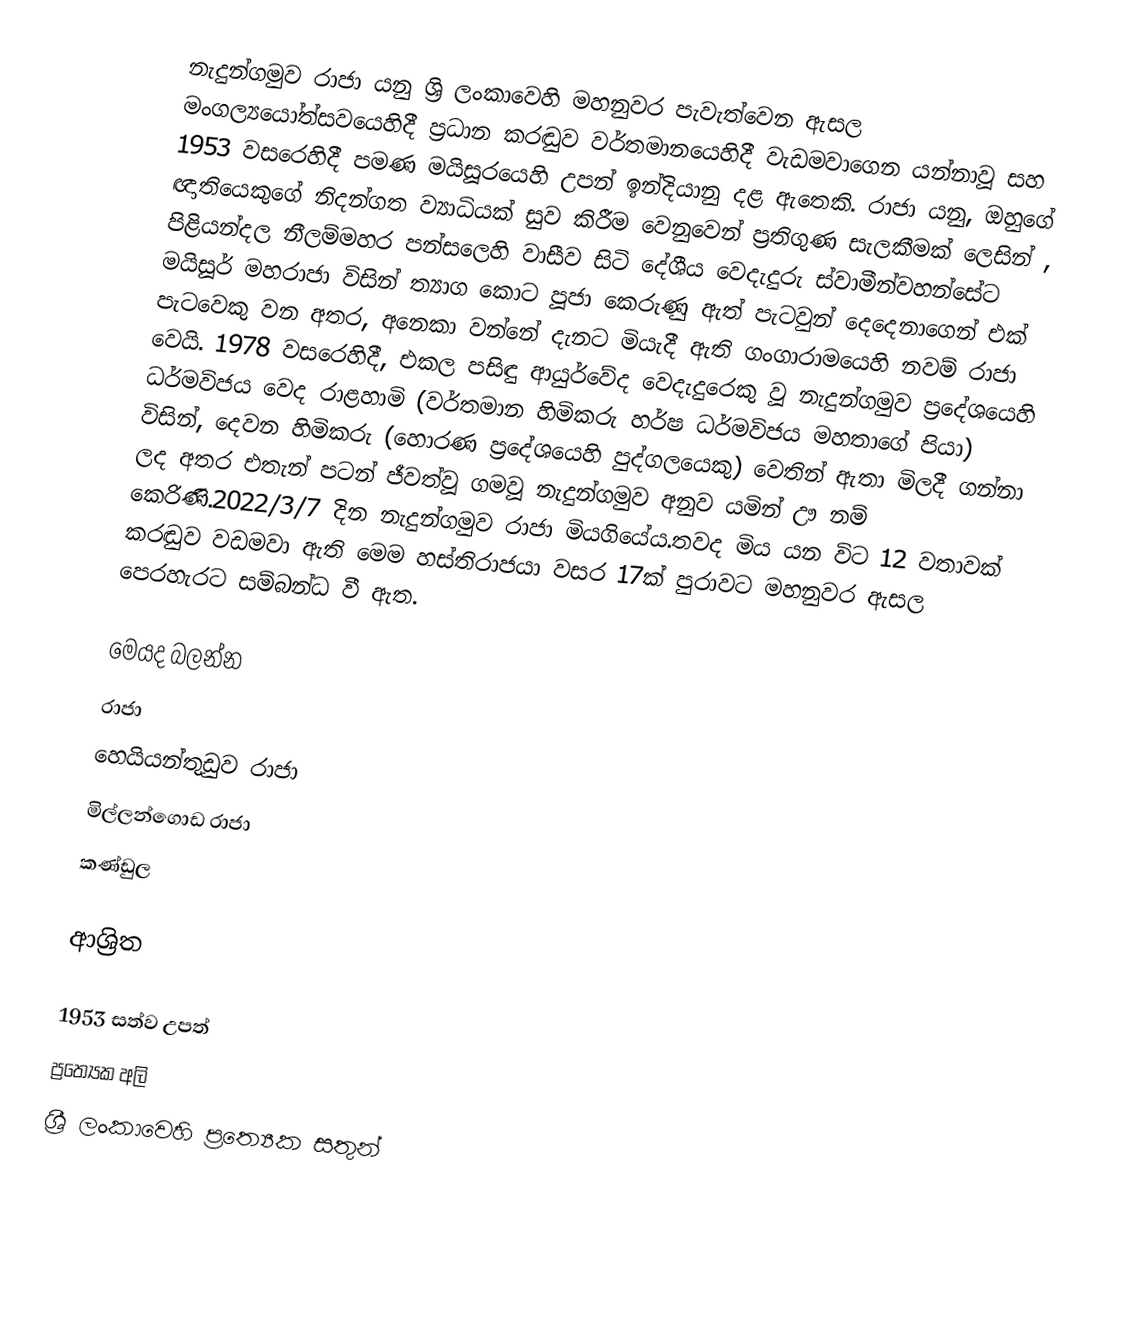
නැදුන්ගමුව රාජා යනු  ශ්‍රි ලංකාවෙහි මහනුවර පැවැත්වෙන  ඇසල මංගල්‍යයෝත්සවයෙහිදී ප්‍රධාන කරඬුව වර්තමානයෙහිදී වැඩමවාගෙන යන්නාවූ  සහ 1953 වසරෙහිදී පමණ  මයිසූරයෙහි  උපන් ඉන්දියානු දළ ඇතෙකි. රාජා යනු, ඔහුගේ ඥාතියෙකුගේ නිදන්ගත ව්‍යාධියක් සුව කිරීම වෙනුවෙන් ප්‍රතිගුණ සැලකීමක් ලෙසින් , පිළියන්දල නීලම්මහර පන්සලෙහි වාසීව සිටි දේශීය වෙදැදුරු ස්වාමීන්වහන්සේට   මයිසූර් මහරාජා විසින් ත්‍යාග කොට පූජා කෙරුණු ඇත් පැටවුන් දෙදෙනාගෙන් එක් පැටවෙකු වන අතර, අනෙකා වන්නේ දැනට මියැදී ඇති ගංගාරාමයෙහි නවම් රාජා වෙයි. 1978 වසරෙහිදී, එකල පසිඳු ආයුර්වේද වෙදැදුරෙකු වූ  නැදුන්ගමුව ප්‍රදේශයෙහි ධර්මවිජය වෙද රාළහාමි (වර්තමාන හිමිකරු හර්ෂ ධර්මවිජය මහතාගේ පියා) විසින්, දෙවන හිමිකරු (හොරණ ප්‍රදේශයෙහි පුද්ගලයෙකු) වෙතින් ඇතා මිලදී ගන්නා ලද අතර එතැන් පටන් ජීවත්වූ ගමවූ නැදුන්ගමුව අනුව යමින් ඌ නම් කෙරිණි.2022/3/7 දින නැදුන්ගමුව රාජා  මියගියේය.තවද මිය යන විට 12 වතාවක් කරඬුව වඩමවා ඇති මෙම හස්තිරාජයා වසර 17ක් පුරාවට මහනුවර ඇසල පෙරහැරට සම්බන්ධ වී ඇත.

මෙයද බලන්න
රාජා
හෙයියන්තුඩුව රාජා
මිල්ලන්ගොඩ රාජා
 කණ්ඩුල

ආශ්‍රිත

1953 සත්ව උපත්
ප්‍රත්‍යෙක අලි
ශ්‍රී ලංකාවෙහි ප්‍රත්‍යෙක සතුන්